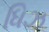
ધિઝ